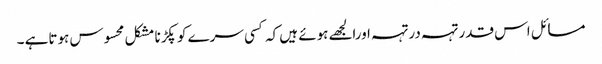
مسائل اس قدر تہہ درتہہ اورالجھے ہوئے ہیں کہ کسی سرے کو پکڑنا مشکل محسوس ہوتاہے ۔